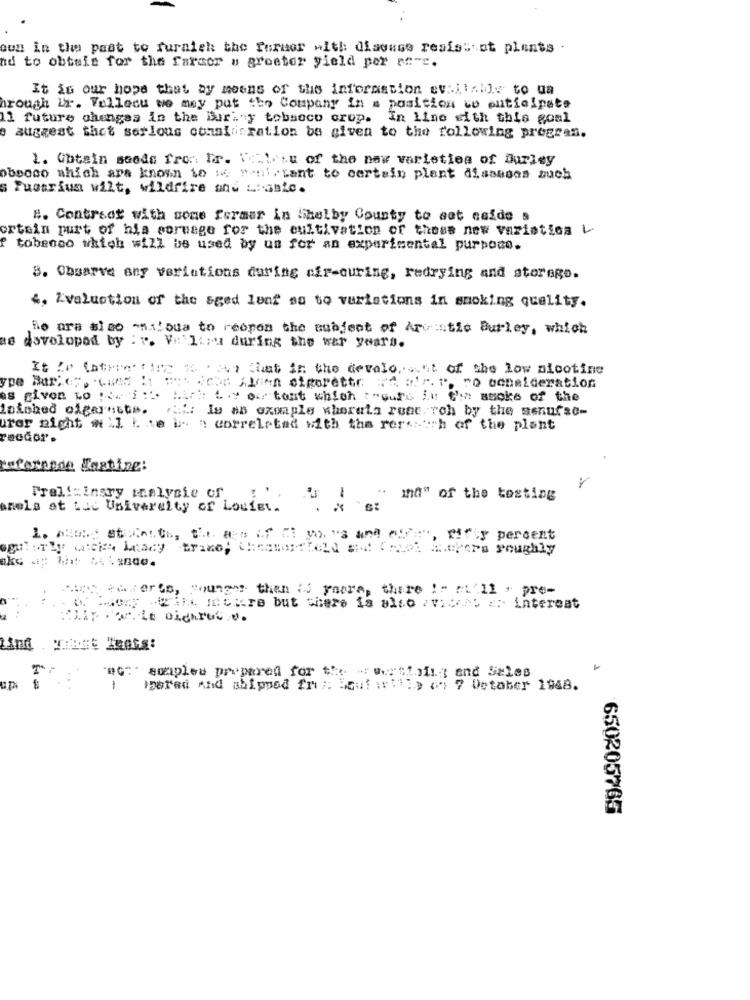
sun in the past to furaieh the former with discuss resiss' st plents .
nd to obtain for the farmor o greeter yield por ef-c.
It is our hope that by means of the information ev:ilIJ to ua
hrough Ir. Vollesu we may put the Company in a position to anticipate
11 future changes in the Buring tobacco crop. In line with this goal
e suggest the& serlous coral irration be given to the following pregren.
1. Gotain saode fro. Ir. Ve.liu of the naw varieties of Durley
obeoco which are known to : "anil , Lant to certain plant dissesos much
s Fuotriun wilt, wildfire and wianie.
8. Contract with some formar in Shelby County to set cofde s
ortain purt of his soruage for the cultivation of these new varistica L
f tobeoco which will be used by us for an experimental purpode.
8. Obsarve any veriations during cfr-ouring, redrying and storage.
4, Zvaluation of the sged lenf so to variations in smoking quality.
he ars sino -nuloua to reopen the subject of Arctic Burley, which
dovolopad by : r. V:'liru during the war years.
It Ze (athive fine 16 . 3v, Chat in the devalo .... "t of the low alootine
: wir. ", "o ochaideration
ype Har; CF, Caes !: " ichr Alien sigarette: : :
es given to pew i :".
Hir: Law of tout which : "ours in Cin socke of the
loinhed olgaretts. If: le an exoaple wherela renc. roh by the senufsc-
uror night wil k me is a correletad with the reps:ich of the plant
reodor .
wforense Casting:
Frel !: insry thalysie of
". inn" of the testing
anels at Luc University of Louiet.
aguiarty wieis bnscy thimo; Chestgeteld sud Oriol meyers roughly
enterts, counges then if youre, there !" m'll , pre-
with incure but there is also aviceps : interest
@G: sonples prepared for the - withnii; and Sales
Ipered And shipped fri ;: Souf :rt1;y (+ 7 October 1968.
650205765